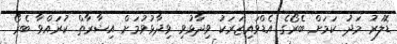
ޑޮލަރު މަދު ކަމަށް ބެރޯގެ އެޑްވައިޒަރަކު ވިދާޅުވި ވިދާޅުވުމަށް އިޝާރާތް ކުރައްވާ ބެރޯ